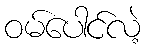
ဝမ်ပေါင်လဲ့